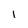
Character: 1